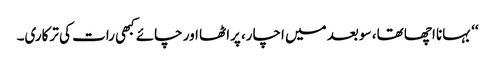
‘‘ بہانا اچھا تھا، سو بعد میں اچار، پراٹھا اور چائے کبھی رات کی ترکاری۔